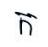
ក